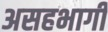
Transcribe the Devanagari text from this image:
असहभागी